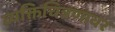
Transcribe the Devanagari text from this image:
व्यक्तिचित्रणावर